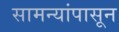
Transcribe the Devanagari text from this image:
सामन्यांपासून